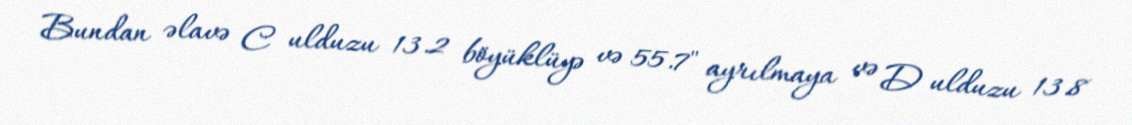
Bundan əlavə C ulduzu 13.2 böyüklüyə və 55.7" ayrılmaya və D ulduzu 13.8